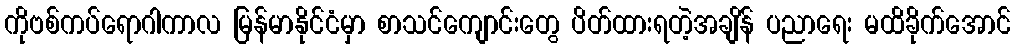
ကိုဗစ်ကပ်ရောဂါကာလ မြန်မာနိုင်ငံမှာ စာသင်ကျောင်းတွေ ပိတ်ထားရတဲ့အချိန် ပညာရေး မထိခိုက်အောင်